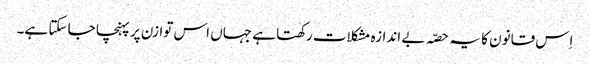
اِس قانون کا یہ حصّہ بے اندازہ مشکلات رکھتا ہے جہاں اس توازن پر پہنچا جا سکتا ہے۔